Annual administration report of the Civil Veterinary Department of India - 1898-1899
Year: 1898
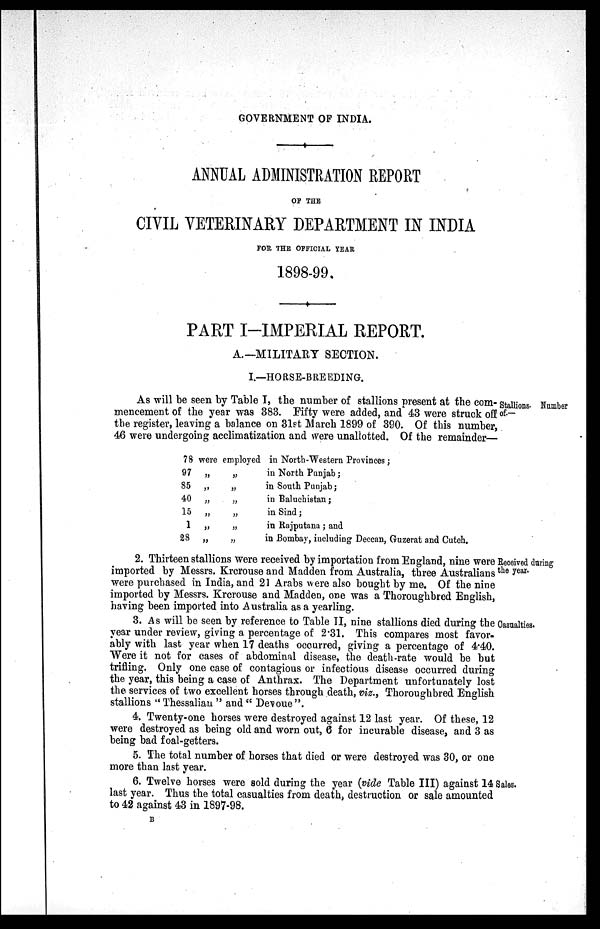
GOVERNMENT OF INDIA.
ANNUAL ADMINISTRATION REPORT
OF THE
CIVIL VETERINARY DEPARTMENT IN INDIA
FOR THE OFFICIAL YEAR
1898-99.
PART I-IMPERIAL REPORT.
A.—MILITARY SECTION.
I.—HORSE-BREEDING.
Stallions. Number
of.—
As will be seen by Table I, the number of stallions present at the com-
mencement of the year was 383. Fifty were added, and 43 were struck off
the register, leaving a balance on 31st March 1899 of 390. Of this number,
46 were undergoing acclimatization and were unallotted. Of the remainder—
78
97
85
40
15
1
28
were
„
„
„
„
„
„
employed
„
„
„
„
„
„
in North-Western Provinces;
in North Punjab;
in South Punjab;
in Baluchistan;
in Sind;
in Rajputana; and
in Bombay, including Deccan, Guzerat and Cutch.
Received during
the year.
2. Thirteen stallions were received by importation from England, nine were
imported by Messrs. Krcrouse and Madden from Australia, three Australians
were purchased in India, and 21 Arabs were also bought by me. Of the nine
imported by Messrs. Krcrouse and Madden, one was a Thoroughbred English,
having been imported into Australia as a yearling.
Casualties.
3. As will be seen by reference to Table II, nine stallions died during the
year under review, giving a percentage of 2.31. This compares most favor-
ably with last year when 17 deaths occurred, giving a percentage of 4.40.
Were it not for cases of abdominal disease, the death-rate would be but
trifling. Only one case of contagious or infectious disease occurred during
the year, this being a case of Anthrax. The Department unfortunately lost
the services of two excellent horses through death, viz., Thoroughbred English
stallions "Thessalian" and "Devoue".
4. Twenty-one horses were destroyed against 12 last year. Of these, 12
were destroyed as being old and worn out, 6 for incurable disease, and 3 as
being bad foal-getters.
5. The total number of horses that died or were destroyed was 30, or one
more than last year.
Sales.
6. Twelve horses were sold during the year (vide Table III) against 14 i
last year. Thus the total casualties from death, destruction or sale amounted
to 42 against 43 in 1897-98.
B